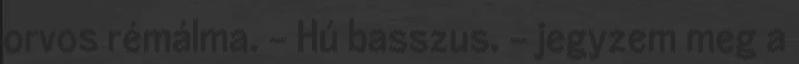
orvos rémálma. - Hú basszus. – jegyzem meg a